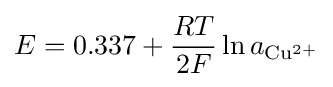
E=0.337+{\frac {RT}{2F}}\ln a_{\rm {Cu^{2+}}}